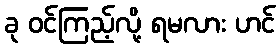
ခု ဝင်ကြည့်လို့ ရမလား ဟင်